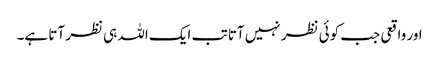
اور واقعی جب کوئی نظر نہیں آتا تب ایک اللہ ہی نظر آتا ہے۔